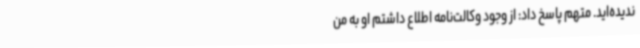
ندیده‌اید. متهم پاسخ داد: از وجود وکالت‌نامه اطلاع داشتم او به من